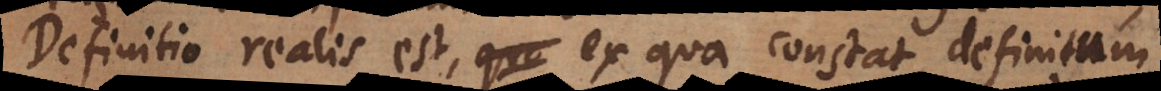
Definitio realis est, ex qua constat definitum